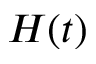
H ( t )